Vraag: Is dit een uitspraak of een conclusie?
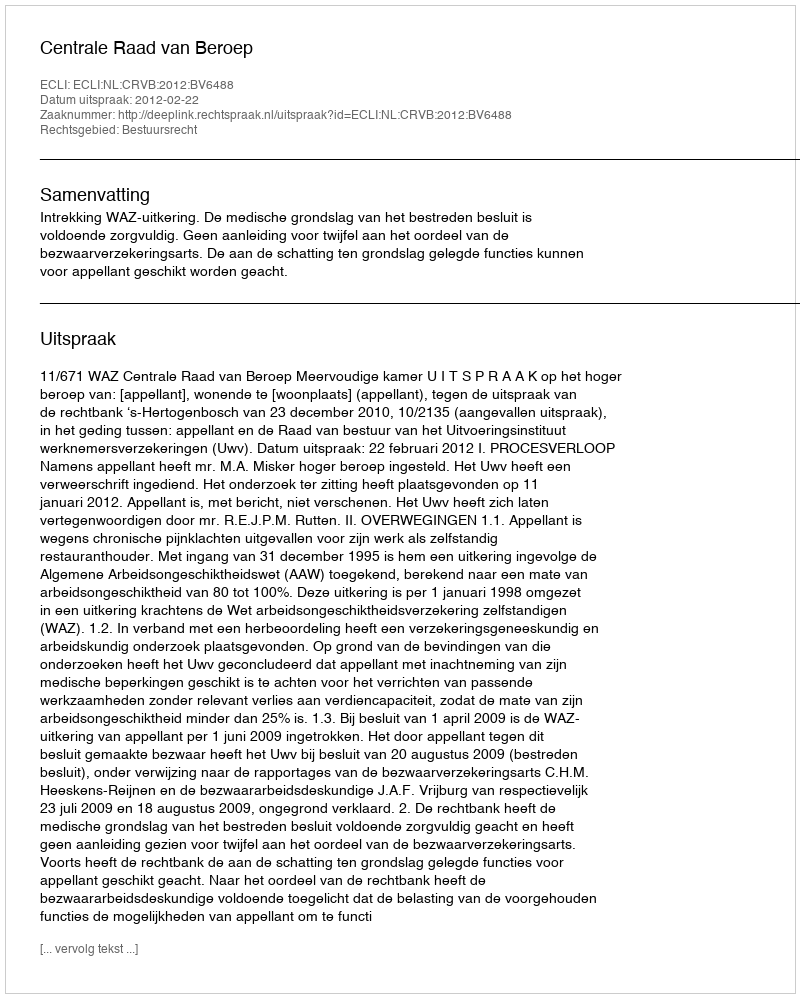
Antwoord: Uitspraak